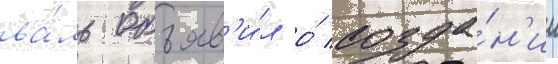
ва́ль объяв'и́л о́ созда́н'ии